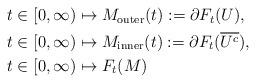
LaTeX: \begin{align*}\begin{aligned}&t\in [0,\infty) \mapsto M_{\rm outer}(t) := \partial F_t(U), \\&t\in [0,\infty) \mapsto M_{\rm inner}(t):= \partial F_t(\overline{U^c}),\, \\&t\in [0,\infty) \mapsto F_t(M)\end{aligned}\end{align*}